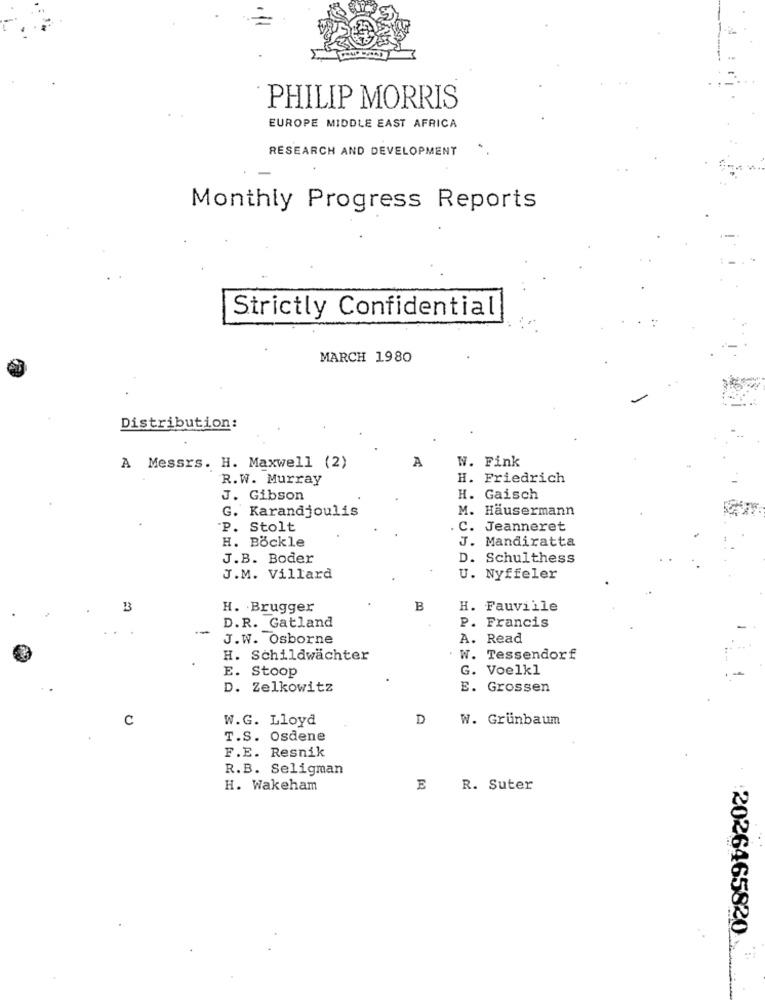
PHILIP MORRIS
EUROPE MIDDLE EAST AFRICA
RESEARCH AND DEVELOPMENT
Monthly Progress Reports
Strictly Confidential
MARCH 1980
Distribution:
A
W. Fink
A Messrs. H. Maxwell (2)
R.W. Murray
H. Friedrich
J. Gibson
H. Gaisch
G. Karandjoulis
M. Hausermann
P. Stolt
C. Jeanneret
H. Böckle
J. Mandiratta
J.B. Boder
D. Schulthess
J.M. Villard
U. Nyffeler
H. Brugger
B
H. Fauville
D.R. Gatland
P.
Francis
--
J.W. Osborne
A. Read
H. Schildwächter
. W. Tessendorf
E. Stoop
G. Voelkl
D. Zelkowitz
E. Grossen
C
W.G. Lloyd
D
W. Grünbaum
T.S. Osdene
F.E. Resnik
R.B. Seligman
H. Wakeham
E
R. Suter
2026465820